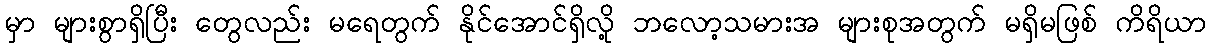
မှာ များစွာရှိပြီး တွေလည်း မရေတွက် နိုင်အောင်ရှိလို့ ဘလော့သမားအ များစုအတွက် မရှိမဖြစ် ကိရိယာ